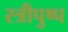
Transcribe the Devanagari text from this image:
स्त्रीपुष्प